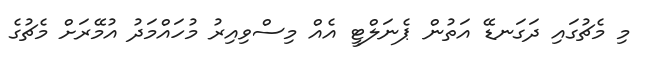
މި މެޗުގައި ދަގަނޑޭ އަތުން ޕެނަލްޓީ އެއް މިސްވިއިރު މުހައްމަދު އުމޭރަށް މެޗުގެ